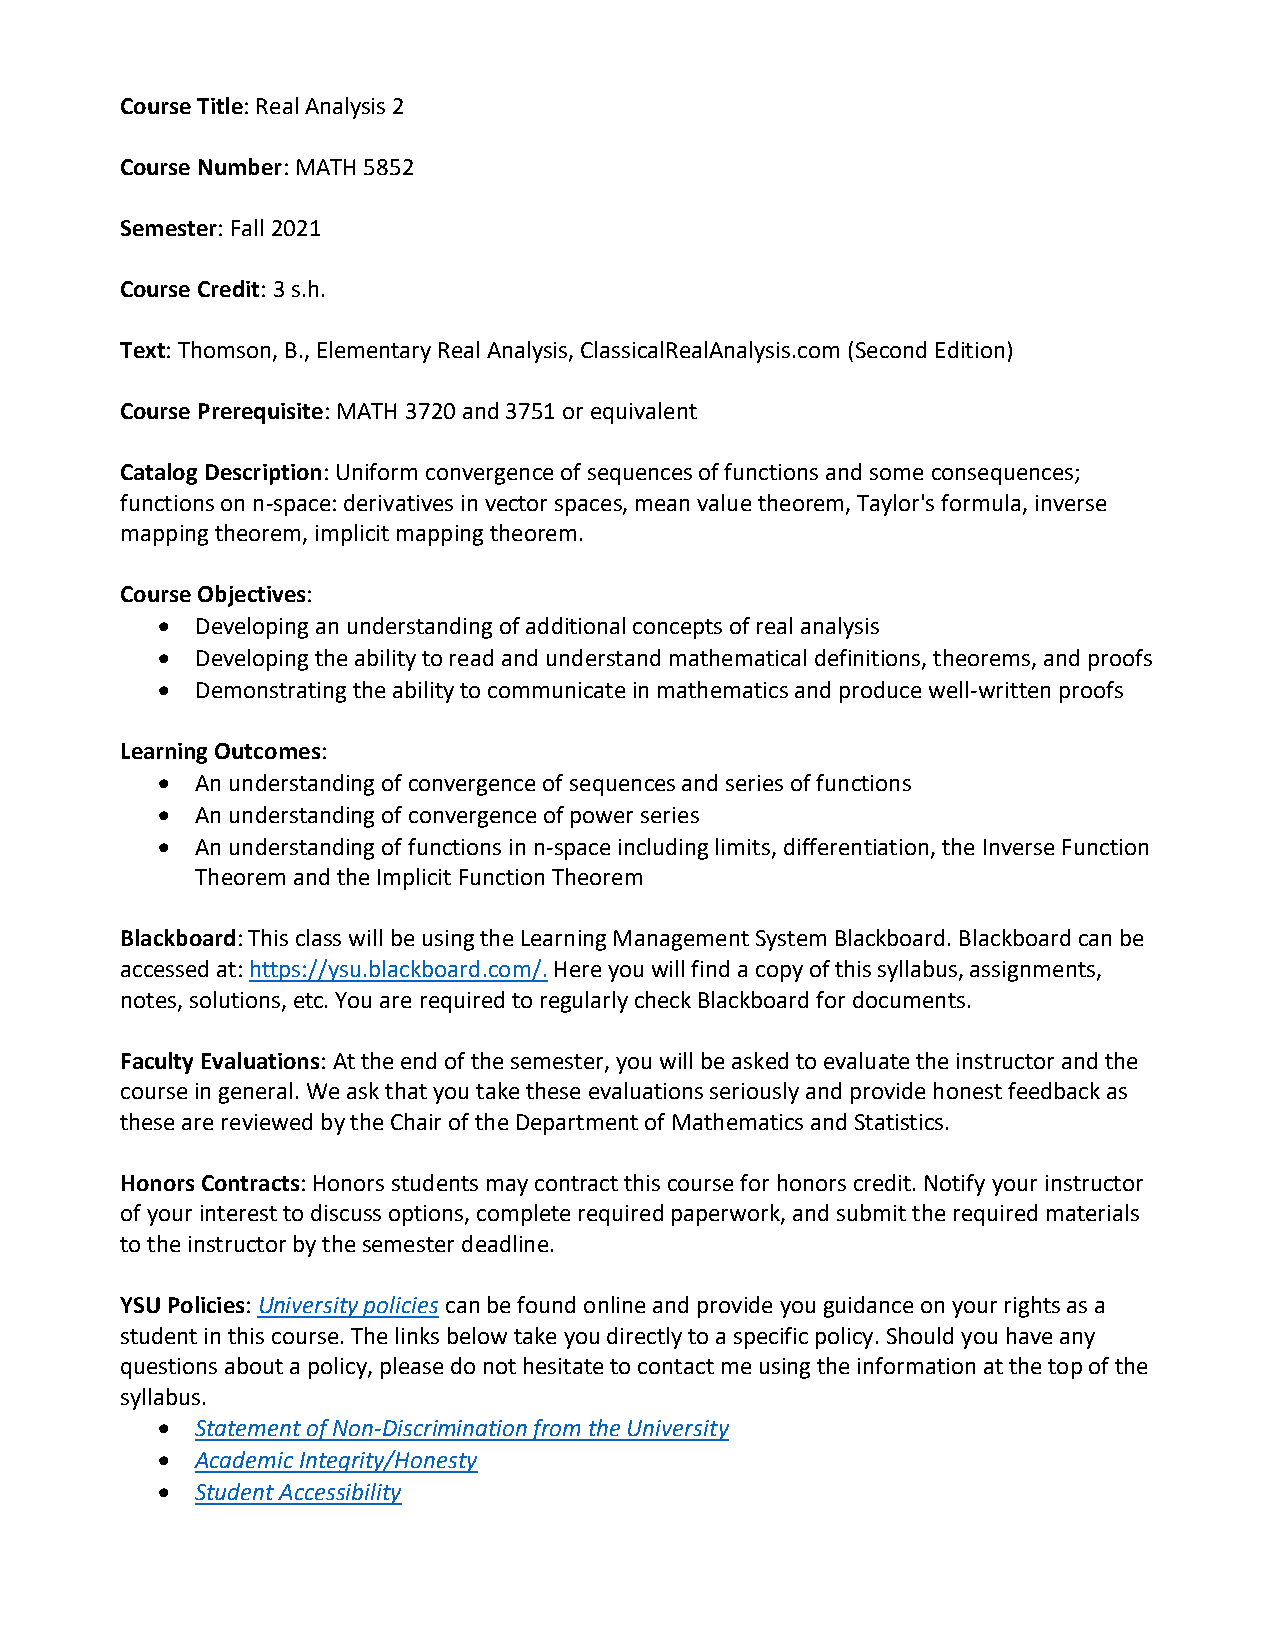
Course Title: Real Analysis 2
 Course Number: MATH 5852
 Semester: Fall 2021
 Course Credit: 3 s.h.
 Text: Thomson, B., Elementary Real Analysis, ClassicalRealAnalysis.com (Second Edition)
 Course Prerequisite: MATH 3720 and 3751 or equivalent
 Catalog Description: Uniform convergence of sequences of functions and some consequences;
 functions on n-space: derivatives in vector spaces, mean value theorem, Taylor's formula, inverse
 mapping theorem, implicit mapping theorem.
 Course Objectives:
 •  Developing an understanding of additional concepts of real analysis
 •  Developing the ability to read and understand mathematical definitions, theorems, and proofs
 •  Demonstrating the ability to communicate in mathematics and produce well-written proofs
 Learning Outcomes:
 •  An understanding of convergence of sequences and series of functions
 •  An understanding of convergence of power series
 •  An understanding of functions in n-space including limits, differentiation, the Inverse Function
 Theorem and the Implicit Function Theorem
 Blackboard: This class will be using the Learning Management System Blackboard. Blackboard can be
 accessed at: https://ysu.blackboard.com/. Here you will find a copy of this syllabus, assignments,
 notes, solutions, etc. You are required to regularly check Blackboard for documents.
 Faculty Evaluations: At the end of the semester, you will be asked to evaluate the instructor and the
 course in general. We ask that you take these evaluations seriously and provide honest feedback as
 these are reviewed by the Chair of the Department of Mathematics and Statistics.
 Honors Contracts: Honors students may contract this course for honors credit. Notify your instructor
 of your interest to discuss options, complete required paperwork, and submit the required materials
 to the instructor by the semester deadline.
 YSU Policies: University policies can be found online and provide you guidance on your rights as a
 student in this course. The links below take you directly to a specific policy. Should you have any
 questions about a policy, please do not hesitate to contact me using the information at the top of the
 syllabus.
 •  Statement of Non-Discrimination from the University
 •  Academic Integrity/Honesty
 •  Student Accessibility